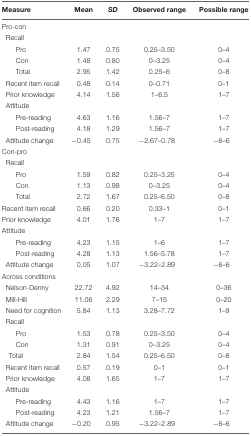
<table><thead><tr><td><b>Measure</b></td><td><b>Mean</b></td><td><b><i>SD</i></b></td><td><b>Observed range</b></td><td><b>Possible range</b></td></tr></thead><tbody><tr><td>Pro-con</td><td></td><td></td><td></td><td></td></tr><tr><td>Recall</td><td></td><td></td><td></td><td></td></tr><tr><td>Pro</td><td>1.47</td><td>0.75</td><td>0.25–3.50</td><td>0–4</td></tr><tr><td>Con</td><td>1.48</td><td>0.80</td><td>0–3.25</td><td>0–4</td></tr><tr><td>Total</td><td>2.95</td><td>1.42</td><td>0.25–6</td><td>0–8</td></tr><tr><td>Recent item recall</td><td>0.48</td><td>0.14</td><td>0–0.71</td><td>0–1</td></tr><tr><td>Prior knowledge</td><td>4.14</td><td>1.56</td><td>1–6.5</td><td>1–7</td></tr><tr><td>Attitude</td><td></td><td></td><td></td><td></td></tr><tr><td>Pre-reading</td><td>4.63</td><td>1.16</td><td>1.56–7</td><td>1–7</td></tr><tr><td>Post-reading</td><td>4.18</td><td>1.29</td><td>1.56–7</td><td>1–7</td></tr><tr><td>Attitude change</td><td>-0.45</td><td>0.75</td><td>-2.67–0.78</td><td>-6–6</td></tr><tr><td>Con-pro</td><td></td><td></td><td></td><td></td></tr><tr><td>Recall</td><td></td><td></td><td></td><td></td></tr><tr><td>Pro</td><td>1.59</td><td>0.82</td><td>0.25–3.25</td><td>0–4</td></tr><tr><td>Con</td><td>1.13</td><td>0.98</td><td>0–3.25</td><td>0–4</td></tr><tr><td>Total</td><td>2.72</td><td>1.67</td><td>0.25–6.50</td><td>0–8</td></tr><tr><td>Recent item recall</td><td>0.66</td><td>0.20</td><td>0.33–1</td><td>0–1</td></tr><tr><td>Prior knowledge</td><td>4.01</td><td>1.76</td><td>1–7</td><td>1–7</td></tr><tr><td>Attitude</td><td></td><td></td><td></td><td></td></tr><tr><td>Pre-reading</td><td>4.23</td><td>1.15</td><td>1–6</td><td>1–7</td></tr><tr><td>Post-reading</td><td>4.28</td><td>1.13</td><td>1.56–5.78</td><td>1–7</td></tr><tr><td>Attitude change</td><td>0.05</td><td>1.07</td><td>-3.22–2.89</td><td>-6–6</td></tr><tr><td>Across conditions</td><td></td><td></td><td></td><td></td></tr><tr><td>Nelson-Denny</td><td>22.72</td><td>4.92</td><td>14–34</td><td>0–36</td></tr><tr><td>Mill-Hill</td><td>11.06</td><td>2.29</td><td>7–15</td><td>0–20</td></tr><tr><td>Need for cognition</td><td>5.84</td><td>1.13</td><td>3.28–7.72</td><td>1–9</td></tr><tr><td>Recall</td><td></td><td></td><td></td><td></td></tr><tr><td>Pro</td><td>1.53</td><td>0.78</td><td>0.25–3.50</td><td>0–4</td></tr><tr><td>Con</td><td>1.31</td><td>0.91</td><td>0–3.25</td><td>0–4</td></tr><tr><td>Total</td><td>2.84</td><td>1.54</td><td>0.25–6.50</td><td>0–8</td></tr><tr><td>Recent item recall</td><td>0.57</td><td>0.19</td><td>0–1</td><td>0–1</td></tr><tr><td>Prior knowledge</td><td>4.08</td><td>1.65</td><td>1–7</td><td>1–7</td></tr><tr><td>Attitude</td><td></td><td></td><td></td><td></td></tr><tr><td>Pre-reading</td><td>4.43</td><td>1.16</td><td>1–7</td><td>1–7</td></tr><tr><td>Post-reading</td><td>4.23</td><td>1.21</td><td>1.56–7</td><td>1–7</td></tr><tr><td>Attitude change</td><td>-0.20</td><td>0.95</td><td>-3.22–2.89</td><td>-6–6</td></tr></tbody></table>